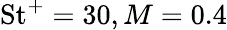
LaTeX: \mathrm{St}^{+}=30,M=0.4